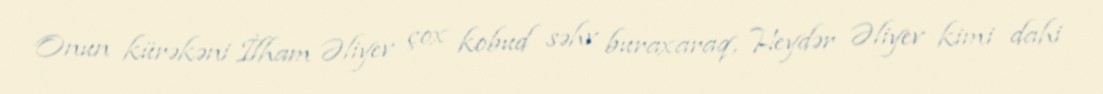
Onun kürəkəni İlham Əliyev çox kobud səhv buraxaraq, Heydər Əliyev kimi dahi